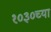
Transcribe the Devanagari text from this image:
१०३०च्या